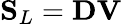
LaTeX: \mathbf{S}_{L}=\mathbf{D}\mathbf{V}